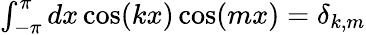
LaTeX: \begin{array}{r}{\int_{-\pi}^{\pi}dx\cos(kx)\cos(mx)=\delta_{k,m}}\end{array}